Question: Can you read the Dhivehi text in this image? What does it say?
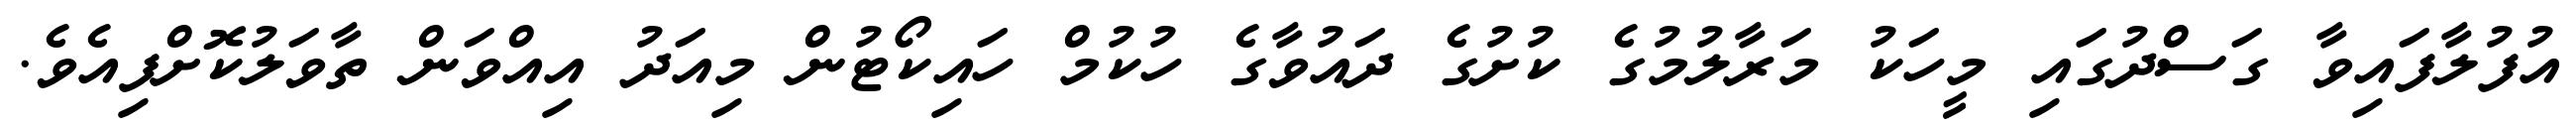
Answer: އުފުލާފައިވާ ގަސްދުގައި މީހަކު މަރާލުމުގެ ކުށުގެ ދައުވާގެ ހުކުމް ހައިކޯޓުން މިއަދު އިއްވަން ތާވަލުކޮށްފިއެވެ.